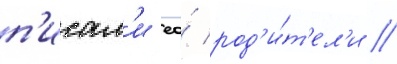
п'исал'и ео́ род'и́т'ел'и //